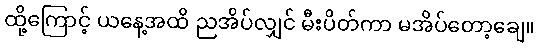
ထို့ကြောင့် ယနေ့အထိ ညအိပ်လျှင် မီးပိတ်ကာ မအိပ်တော့ချေ။